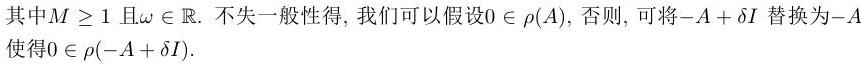
其中$M \geq 1$且$\omega \in \mathbb{R}$. 不失一般性得, 我们可以假设$0 \in \rho(A)$, 否则, 可将$-A + \delta I$替换为$-A$使得$0 \in \rho(-A + \delta I)$.